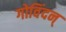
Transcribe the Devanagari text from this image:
गोविंदन्